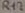
Text: R17